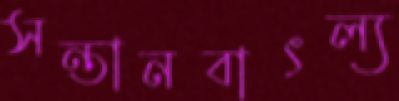
সন্তানবাৎল্য